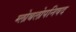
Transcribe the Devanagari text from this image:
ग्लोबलोपनिषद